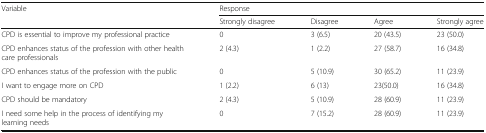
| <ROWSPAN=2> Variable | <COLSPAN=4> Response |
 | Strongly disagree | Disagree | Agree | Strongly agree |
 | --- | --- | --- | --- | --- |
 | CPD is essential to improve my professional practice | 0 | 3 (6.5) | 20 (43.5) | 23 (50.0) |
 | CPD enhances status of the profession with other health care professionals | 2 (4.3) | 1 (2.2) | 27 (58.7) | 16 (34.8) |
 | CPD enhances status of the profession with the public | 0 | 5 (10.9) | 30 (65.2) | 11 (23.9) |
 | I want to engage more on CPD | 1 (2.2) | 6 (13) | 23(50.0) | 16 (34.8) |
 | CPD should be mandatory | 2 (4.3) | 5 (10.9) | 28 (60.9) | 11 (23.9) |
 | I need some help in the process of identifying my learning needs | 0 | 7 (15.2) | 28 (60.9) | 11 (23.9) |